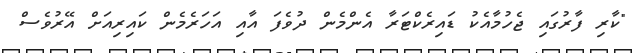
"ކާރި ފާރުގައި ޖެހުމާއެކު ޑައިރެކްޓަރާ އެންމެން ދުވެފަ އާއި އަހަރެމެން ކައިރިއަށް އޭރުވެސް